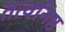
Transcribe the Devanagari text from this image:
तत्वनिष्ठ